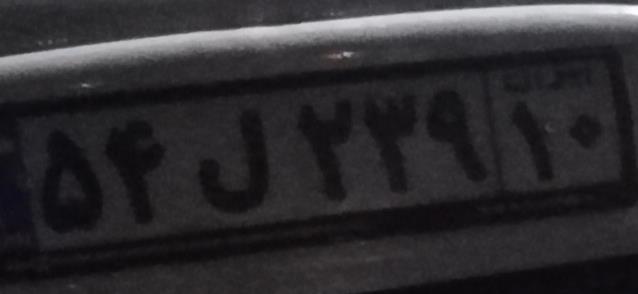
۵۴ل۲۳۹۱۰